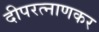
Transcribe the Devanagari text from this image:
दीपरत्नाणकर